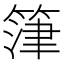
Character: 𮵷